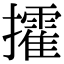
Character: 攉